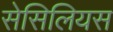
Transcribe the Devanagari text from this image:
सेसिलियस